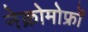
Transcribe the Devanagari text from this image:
नेक्रोमोर्फ्रों